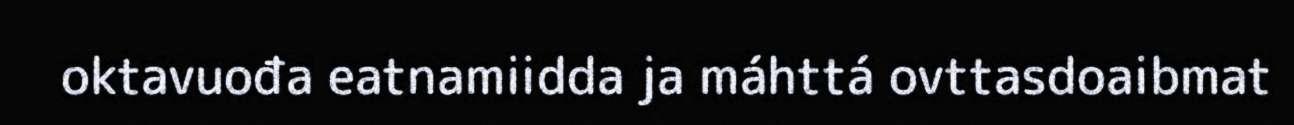
oktavuođa eatnamiidda ja máhttá ovttasdoaibmat